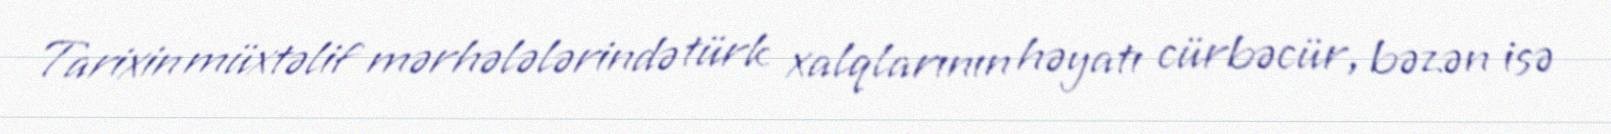
Tarixin müxtəlif mərhələlərində türk xalqlarının həyatı cürbəcür, bəzən isə